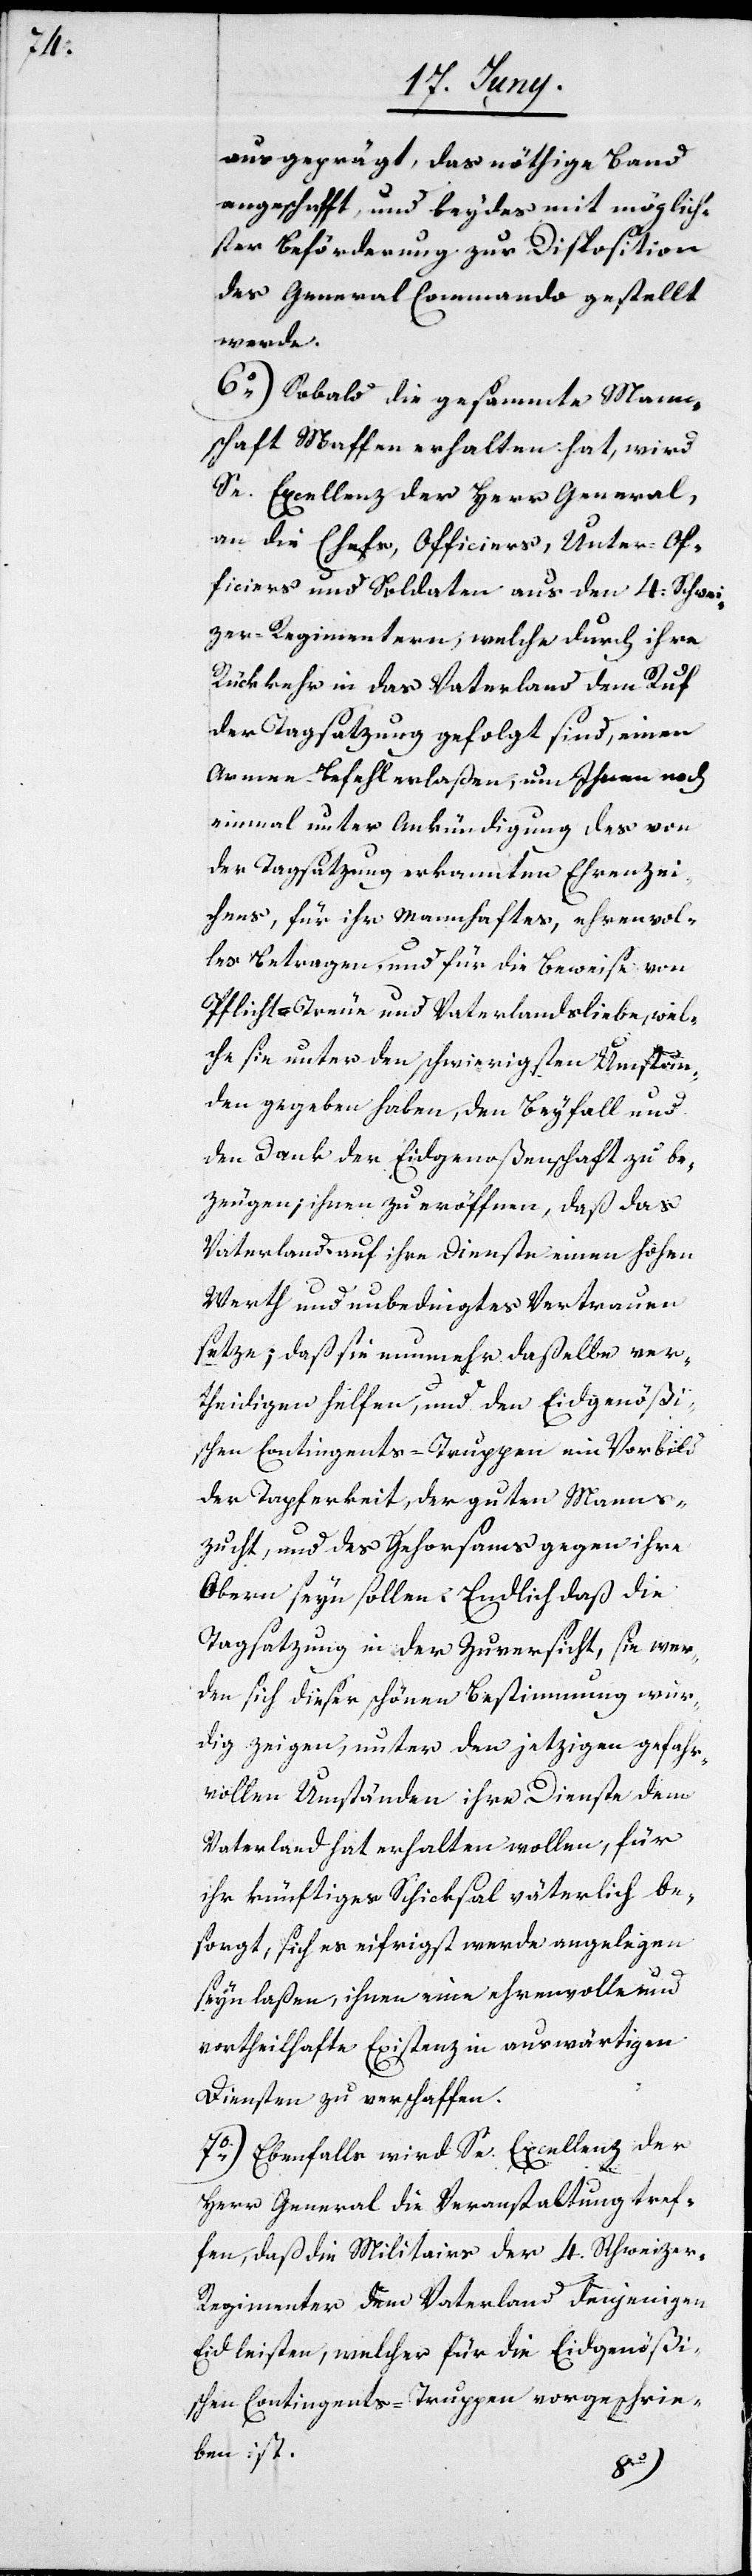
ausgeprägt, das nöthige Band
angeschafft, und beydes mit möglich¬
ster Beförderung zur Disposition
des General-Commando gestellt
werde.
6o)Sobald die gesammte Mann¬
schaft Waffen erhalten hat, wird
Se. Excellenz der Herr General,
an die Chefs, Officiers, Unter-Of¬
ficiers und Soldaten aus den 4. Schwei¬
zer-Regimentern, welche durch ihre
Rückkehr in das Vaterland dem Ruf
der Tagsatzung gefolgt sind, einen
Armee-Befehl erlaßen, um Ihnen noch
einmal unter Ankündigung des von
der Tagsatzung erkannten Ehrenzei¬
chens, für ihr mannhaftes, ehrenvol¬
les Betragen und für die Beweise von
Pflicht-Treue und Vaterlandsliebe, wel¬
che sie unter den schwierigsten Umstän¬
den gegeben haben, den Beyfall und
den Dank der Eidgenoßenschaft zu be¬
zeugen; ihnen zu eröffnen, daß das
Vaterland auf ihre Dienste einen hohen
Werth und unbedingtes Vertrauen
setze; daß sie nunmehr daßelbe ver¬
theidigen helfen, und den Eidgenößi¬
schen Contingents-Truppen ein Vorbild
der Tapferkeit, der guten Manns¬
zucht, und des Gehorsams gegen ihre
Obern seyn sollen. Endlich daß die
Tagsatzung in der Zuversicht, sie wer¬
den sich dieser schönen Bestimmung wür¬
dig zeigen, unter den jetzigen gefahr¬
vollen Umständen ihre Dienste dem
Vaterland hat erhalten wollen, für
ihr künftiges Schicksal väterlich be¬
sorgt, sich es eifrigst werde angelegen
seyn laßen, ihnen eine ehrenvolle und
vortheilhafte Existenz in auswärtigen
Diensten zu verschaffen.
7o) Ebenfalls wird Se. Excellenz der
Herr General die Veranstaltung tref¬
fen, daß die Militairs der 4. Schweize¬
r-Regimenter dem Vaterland denjenigen
Eid leisten, welcher für die Eidgenößi¬
schen Contingents-Truppen vorgeschrie¬
ben ist.